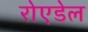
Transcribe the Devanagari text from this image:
रोएडेल